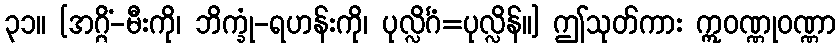
၃၁။ [အဂ္ဂိံ-မီးကို၊ ဘိက္ခုံ-ရဟန်းကို၊ ပုလ္လိင်္ဂံ=ပုလ္လိန်။] ဤသုတ်ကား ဣဝဏ္ဏုဝဏ္ဏာ